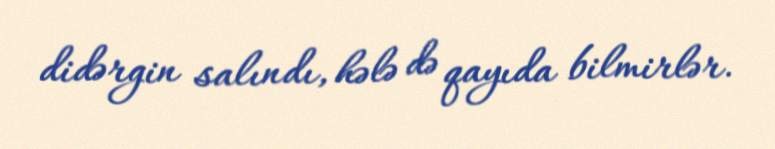
didərgin salındı, hələ də qayıda bilmirlər.